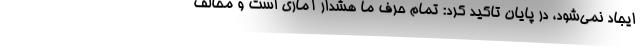
ایجاد نمی‌شود، در پایان تاکید کرد: تمام حرف ما هشدار آماری است و مخالف